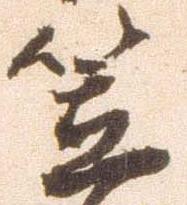
笠